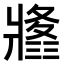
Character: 𤖚